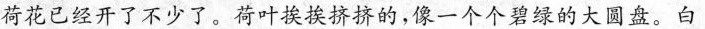
荷花已经开了不少了。荷叶挨挨挤挤的，像一个个碧绿的大圆盘。白